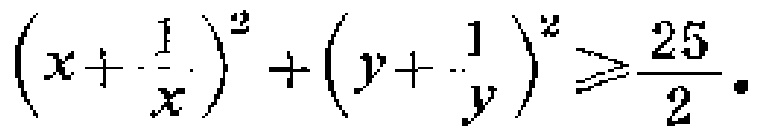
\(\left(x + \frac{1}{x}\right)^2 + \left(y + \frac{1}{y}\right)^2 \geqslant \frac{25}{2}\)